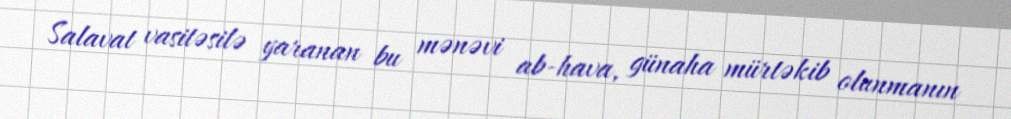
Salavat vasitəsilə yaranan bu mənəvi ab-hava, günaha mürtəkib olunmanın